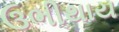
ઉભીથાય